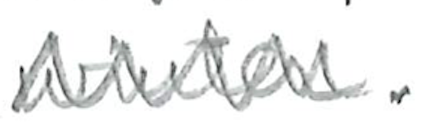
Text: winter.
Cross-out: zig-zag
Writing tool: pencil